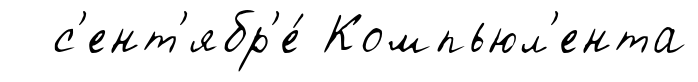
с'ент'ябр'е́ Компьюл'ента